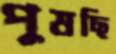
পুষছি